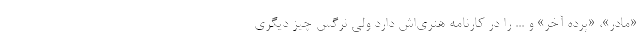
«مادر»، «پرده آخر» و ... را در کارنامه هنري‌اش دارد ولي نرگس چيز ديگري